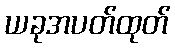
ယခုအပတ်ထုတ်